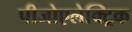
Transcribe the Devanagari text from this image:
पीजोएलेक्ट्रिक